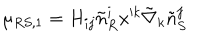
LaTeX: \mu _ { R S , 1 } = H _ { i j } \tilde { n } _ { R } ^ { i } x ^ { k } \tilde { \nabla } _ { k } \tilde { n } _ { S } ^ { j }